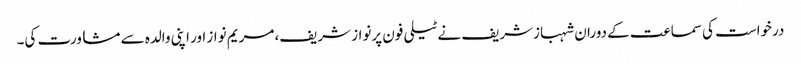
درخواست کی سماعت کے دوران شہبازشریف نے ٹیلی فون پرنواز شریف، مریم نواز اور اپنی والدہ سے مشاورت کی۔